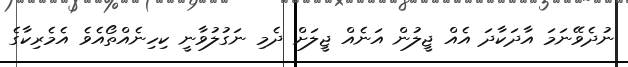
ނުދެވޭނަމަ އާދަކާދަ އެއް ޖީލުން އަނެއް ޖީލަށް ދެމި ނަގުލުވާނީ ކިހިނެއްތޯއެވެ އެމެރިކާގެ